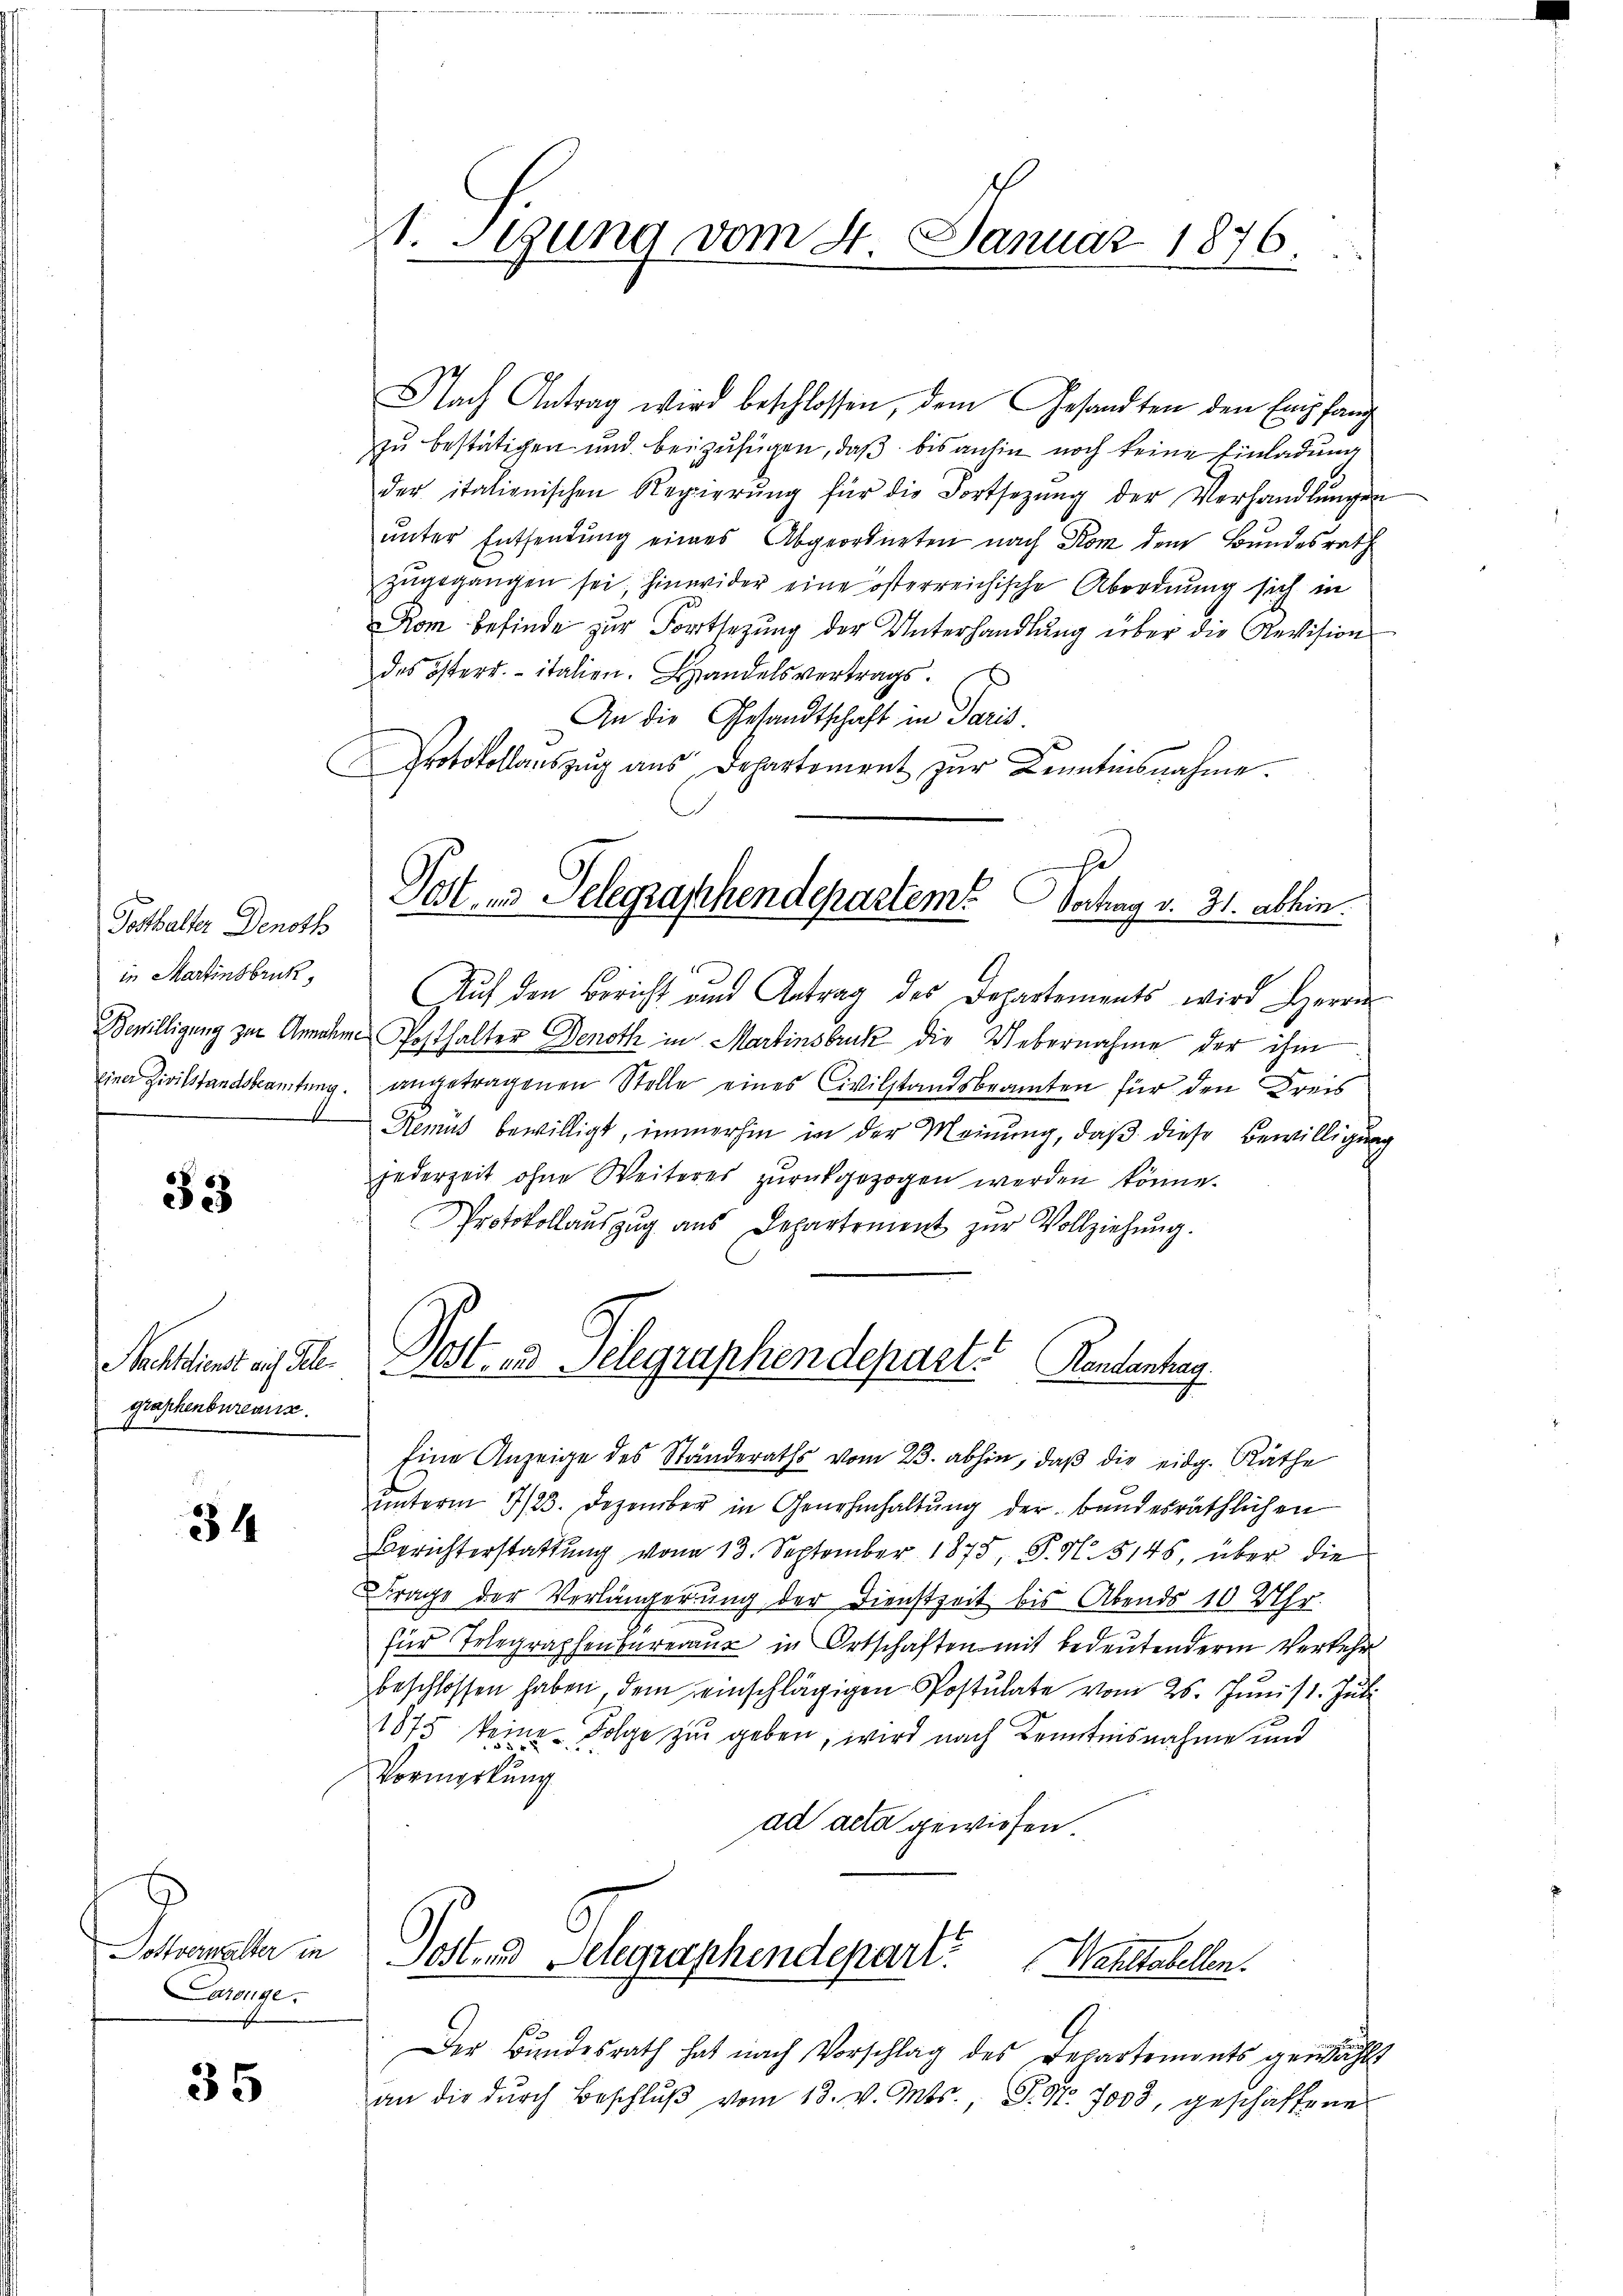
Potthalter Denoth
in Martinsbruk,
Bewilligung zur Anna
einer Zivilstandsbeamtung

33

Nachtdienst auf Telegraphenbureaux
1

34

Dottverwalter in
Larouge.

35

Nach Antrag wird beschlossen, dem Gesandten den Empfang
zu bestätigen und beizufügen, daß bis anhin noch keine Einladung
der italienischen Regierŭng für die Fortsetzŭng der Verhandlŭngen
unter Entsendung eines Abgeordneten nach Rom dem Bundesrath
zŭgegangen sei, hinwider eine osterreichische Abordnung sich in
Kom befinde zur Fortsezung der Unterhandlung über die Revision
des österr. italien. Handelsvertrags.
An die Gesandtschaft in Paris.
Protokollauszug aus Departement zur Kenntnisnahme.

st. Stung vom 4. Januar 1876.

Post, in Telegraschendepartem Sachag v. 31. abhin.

Auf den Bericht und Antrag des Departements wird Herrn
Posthalter Denoth in Martinsbruk die Uebernahme der ihm
angetragenen Stelle eines Civilstandsbeamten für den Kreis
Nemus bewilligt, immerhin in der Meinung, daß diese Bewilligunjederzeit ohne Weiteres zŭrückgezogen werden könne.
Protokollauszug aus Departement zur Vollziehung.
ŭnterm 7/23. Dezember in Genehmhaltŭng der bandesräthlichen
Berichterstattung von 13. September 1875, P. N. 5145, über die
Frage der Verlängerung der Dienstzeit bis Abends 10 Uhr.
für Telegraphenbureaux in Ortschaften mit bedeutenderen Verkehr
beschlossen haben, dem einschlägigen Postulate vom 25. Juni 11. Juli
1875 keine Folge zu geben, wird nach Kenntnisnahme und
Vormerkung
ad acta gewiesen

Post- und Telegraphendepart. Rentantrag.
Eine Anzeige des Ständeraths vom 23. abhin, daβ die eidg. Räthe

Dostend Delegraphendepart. Nahstabellen.

Der Bundesrath hat nach Vorschlag des Departemonts gewäh
an die dŭrch Beschlŭβ vom 13. v. Mts., S. Nr. 7003, geschaffenes